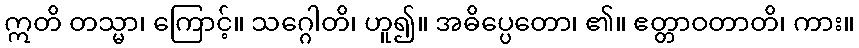
ဣတိ တသ္မာ၊ ကြောင့်။ သဂ္ဂေါတိ၊ ဟူ၍။ အဓိပ္ပေတော၊ ၏။ ဧတ္တာဝတာတိ၊ ကား။